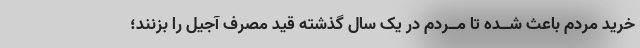
خرید مردم باعث شــده تا مــردم در یک سال گذشته قید مصرف آجیل را بزنند؛